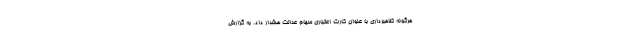
هرگونه کلاهبرداری با عنوان کارت اعتباری سهام عدالت هشدار داد. به گزارش